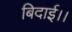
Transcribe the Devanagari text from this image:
बिदाई।।